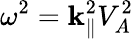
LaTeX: \omega^{2}=\mathbf{k}_{\parallel}^{2}V_{A}^{2}